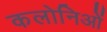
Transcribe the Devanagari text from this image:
कलोनिओं